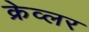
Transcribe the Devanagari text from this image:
क्रेव्लर